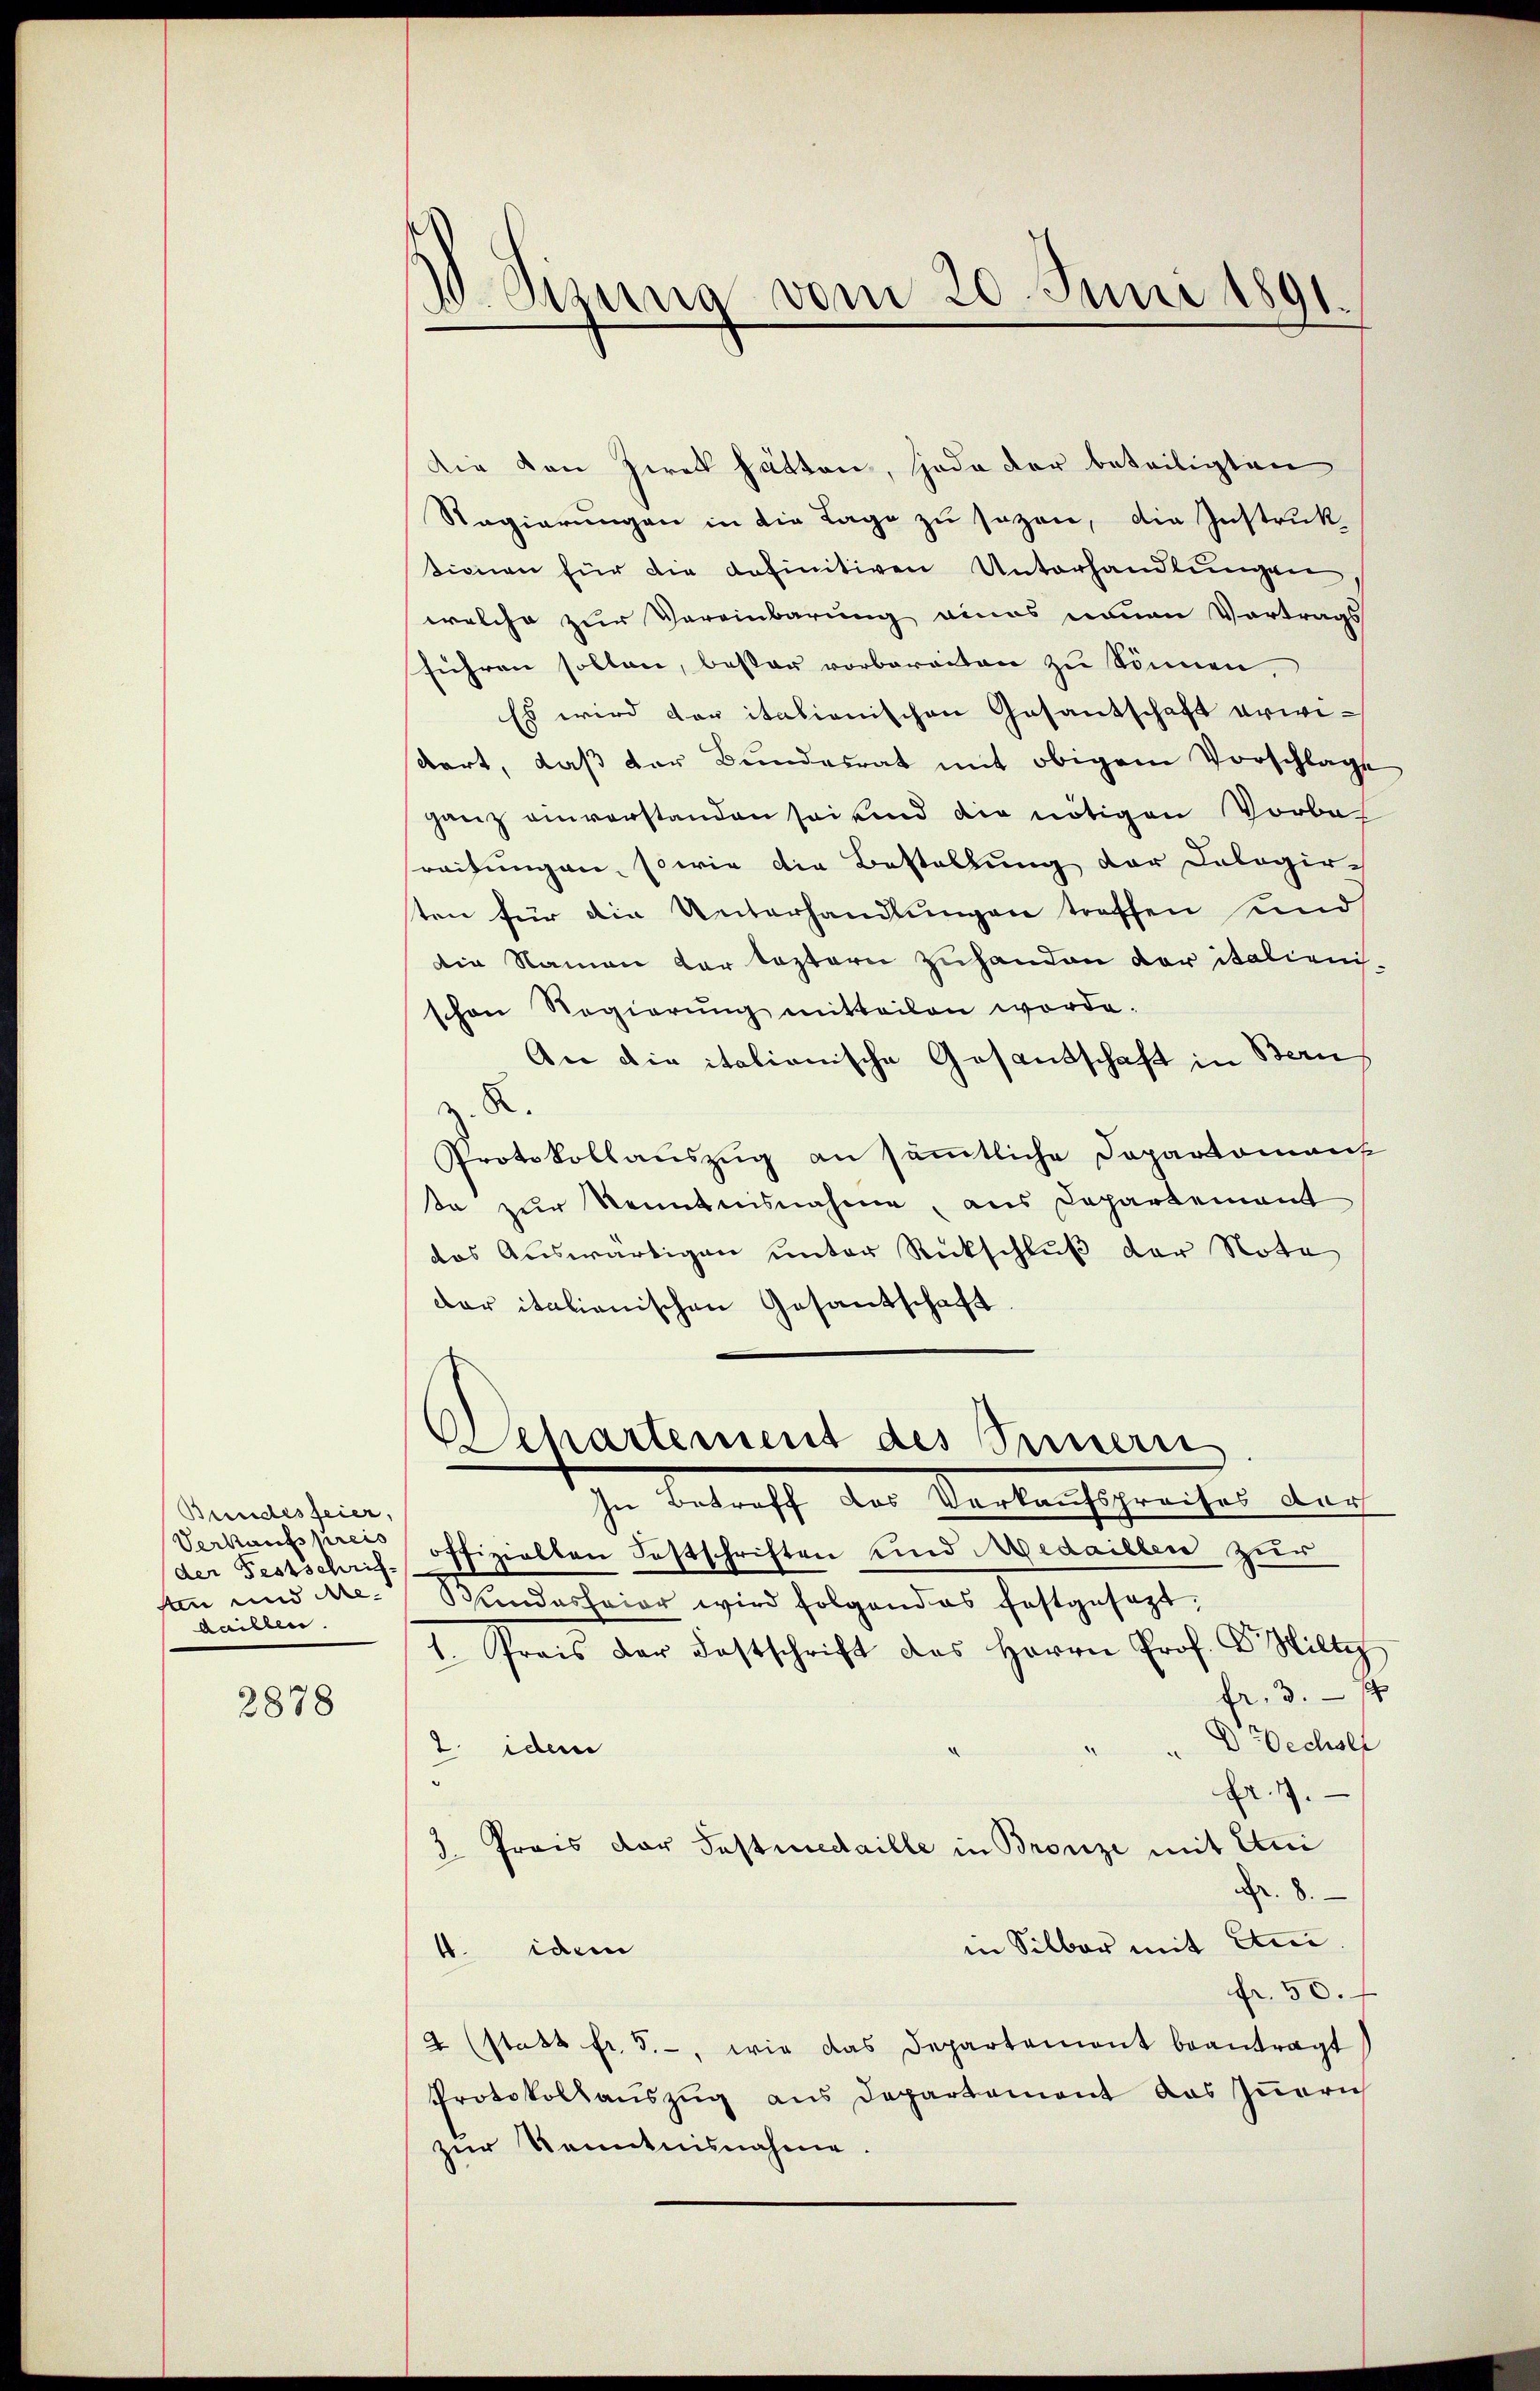
Bundesfeier,
Verkaufspreis
der Festschrif¬
An und de
daillen.

2878

die von Ziret hätten, Hodo der beteiligten
Regierungen in die Lage zu sezen, die Instruktionen für die definitiven Unterhandlŭngen,
welche zur Vereinbarung eines neuen Vortrags
führen sollen, bester vorbereiten zu können
Es wird der itationischen Gesantschaft erwidert, daβ der Bundesrat mit obigem Vorschlage
ganz einverstanden sei und die nötigen Vorbas
reitungen, sowie die Bestellung der Cologir-
ten für die Unterhandlungen treffen und
die Namen der leztern zuhanden der italienis-
schon Regierŭng mitteilen werde.
An die italionische Gesandschaft in Bern
z. R.
Protokollauszug an sämmtliche Doparomant
te zur Kenntnisnahme, aus Departement
das Auswärtigen unter Rückschluß der Note
der italienischen Gesantschaft.

d
zung vom 20. Juni 1891.

Departement des Innern
In Betreff das Verkaufspreises der

offizielten Festschriften und Medaillen zur
Stundeshaier wird folgendes festgesezt,
1. Preis der Festschrift des Herrn Prof. Dr. Wilte
fr. 3. 14
D Wechsel
2. idem
Fr. 17.
3. Preis der Postmedaille in Bronze mit Uni
Nr. 8.
in Silber mit And.
4. idem
fr. 50.
2 (statt fr. 5.- wie das Departement beantragt
Protokollauszug aus Departement das Iṅerich
zur Kenntnisnahme.